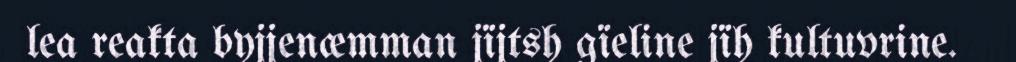
lea reakta byjjenæmman jïjtsh gïeline jïh kultuvrine.